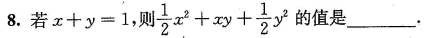
8.若 $ $ x + y = 1 $ $，则 $ $ \ f r a c { 1 } { 2 } x ^ { 2 } + x y + \ f r a c { 1 } { 2 } y ^ { 2 } $ $ 是______.